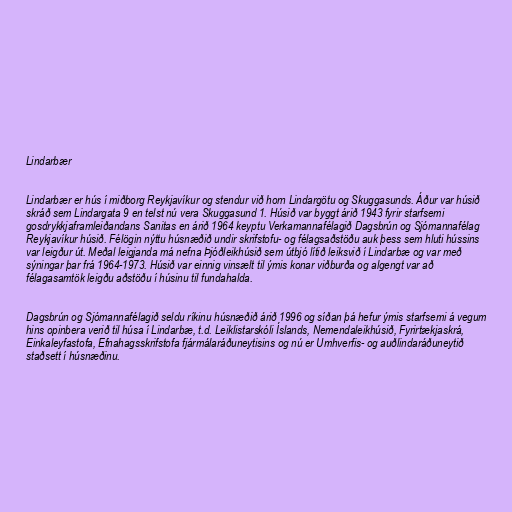
Lindarbær

Lindarbær er hús í miðborg Reykjavíkur og stendur við horn Lindargötu og Skuggasunds. Áður var húsið
skráð sem Lindargata 9 en telst nú vera Skuggasund 1. Húsið var byggt árið 1943 fyrir starfsemi
gosdrykkjaframleiðandans Sanitas en árið 1964 keyptu Verkamannafélagið Dagsbrún og Sjómannafélag
Reykjavíkur húsið. Félögin nýttu húsnæðið undir skrifstofu- og félagsaðstöðu auk þess sem hluti hússins
var leigður út. Meðal leigjanda má nefna Þjóðleikhúsið sem útbjó lítið leiksvið í Lindarbæ og var með
sýningar þar frá 1964-1973. Húsið var einnig vinsælt til ýmis konar viðburða og algengt var að
félagasamtök leigðu aðstöðu í húsinu til fundahalda.

Dagsbrún og Sjómannafélagið seldu ríkinu húsnæðið árið 1996 og síðan þá hefur ýmis starfsemi á vegum
hins opinbera verið til húsa í Lindarbæ, t.d. Leiklistarskóli Íslands, Nemendaleikhúsið, Fyrirtækjaskrá,
Einkaleyfastofa, Efnahagsskrifstofa fjármálaráðuneytisins og nú er Umhverfis- og auðlindaráðuneytið
staðsett í húsnæðinu.